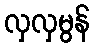
လှလှမွန်